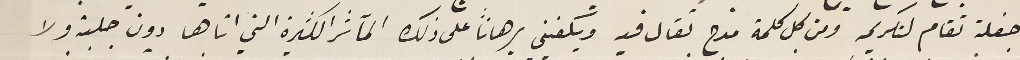
حفلة تقام لتكريمه ومن كل كلمة مدح تقال فيه ويكفيني برهاناً على ذلك المآثر الكثيرة التي اتاها دون جلبة ولا